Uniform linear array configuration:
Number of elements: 24
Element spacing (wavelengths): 0.75
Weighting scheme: exponential
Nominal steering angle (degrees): -30
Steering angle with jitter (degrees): -30.991
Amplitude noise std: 0.05
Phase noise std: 0.05

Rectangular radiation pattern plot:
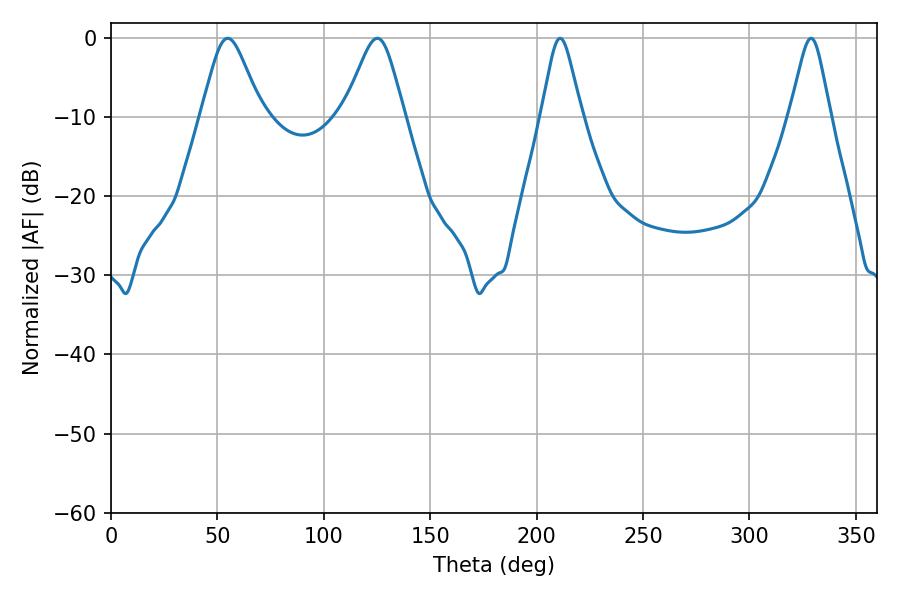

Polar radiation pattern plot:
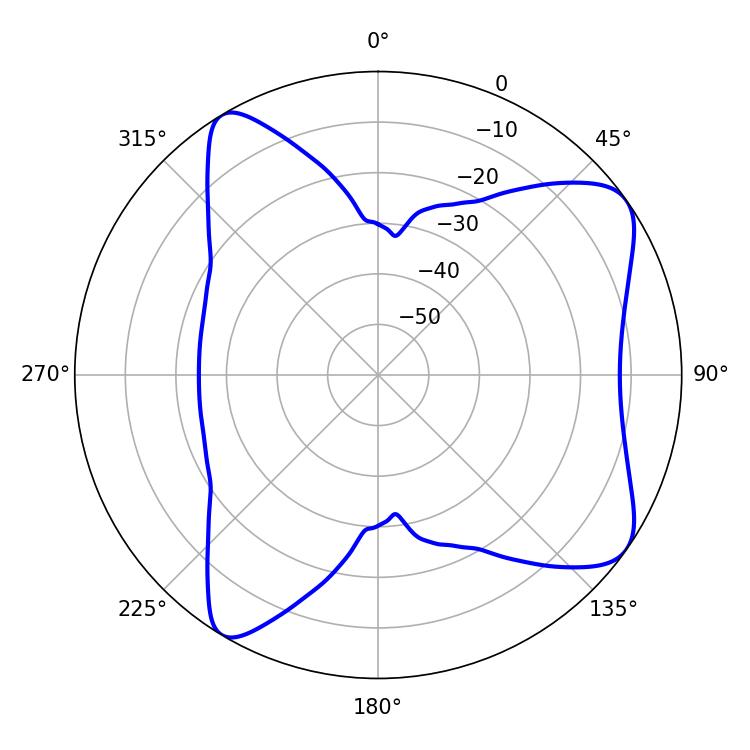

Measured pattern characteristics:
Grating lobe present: TRUE
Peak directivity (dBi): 8.226
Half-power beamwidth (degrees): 13.68
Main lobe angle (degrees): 54.9